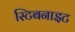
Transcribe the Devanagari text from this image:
स्टिबनाइट